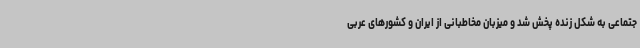
جتماعی به شکل زنده پخش شد و میزبان مخاطبانی از ایران و کشورهای عربی